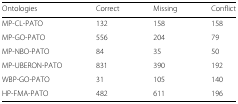
<table><thead><tr><td><b>Ontologies</b></td><td><b>Correct</b></td><td><b>Missing</b></td><td><b>Conflict</b></td></tr></thead><tbody><tr><td>MP-CL-PATO</td><td>132</td><td>158</td><td>158</td></tr><tr><td>MP-GO-PATO</td><td>556</td><td>204</td><td>79</td></tr><tr><td>MP-NBO-PATO</td><td>84</td><td>35</td><td>50</td></tr><tr><td>MP-UBERON-PATO</td><td>831</td><td>390</td><td>192</td></tr><tr><td>WBP-GO-PATO</td><td>31</td><td>105</td><td>140</td></tr><tr><td>HP-FMA-PATO</td><td>482</td><td>611</td><td>196</td></tr></tbody></table>